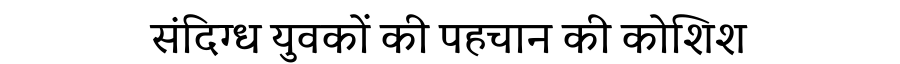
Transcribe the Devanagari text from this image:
संदिग्ध युवकों की पहचान की कोशिश